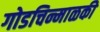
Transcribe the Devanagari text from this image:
गोडचिन्माळकी